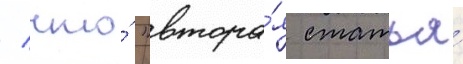
/ что́ "втора́я статья́